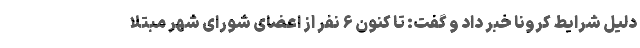
دلیل شرایط کرونا خبر داد و گفت: تا کنون ۶ نفر از اعضای شورای شهر مبتلا